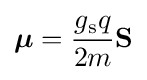
{\boldsymbol {\mu }}={\frac {g_{\text{s}}q}{2m}}\mathbf {S}